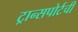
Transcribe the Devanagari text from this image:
ट्रान्सपोर्टची